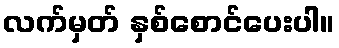
လက်မှတ် နှစ်စောင်ပေးပါ။